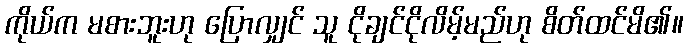
ကိုယ်က မစားဘူးဟု ပြောလျှင် သူ ငိုချင်ငိုလိမ့်မည်ဟု စိတ်ထင်မိ၏။